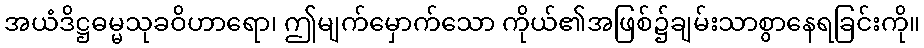
အယံဒိဋ္ဌဓမ္မသုခဝိဟာရော၊ ဤမျက်မှောက်သော ကိုယ်၏အဖြစ်၌ချမ်းသာစွာနေရခြင်းကို။